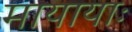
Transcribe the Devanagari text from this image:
मायायाः